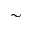
\sim